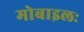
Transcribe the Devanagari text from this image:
मोबाइलः